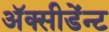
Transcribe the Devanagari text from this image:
अॅक्सीडेंन्ट